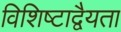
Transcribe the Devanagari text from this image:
विशिष्टाद्वैयता